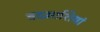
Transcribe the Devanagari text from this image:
बदमाशियां